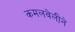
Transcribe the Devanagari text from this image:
कमलवेलीने